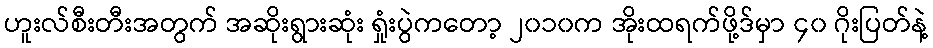
ဟူးလ်စီးတီးအတွက် အဆိုးရွားဆုံး ရှုံးပွဲကတော့ ၂၀၁၀က အိုးထရက်ဖို့ဒ်မှာ ၄၀ ဂိုးပြတ်နဲ့